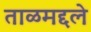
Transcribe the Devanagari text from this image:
ताळमद्दले